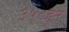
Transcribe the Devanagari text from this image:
३५०हून